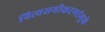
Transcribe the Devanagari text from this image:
नित्यसमीकरणांमुळे